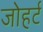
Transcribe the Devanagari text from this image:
जोहर्ट